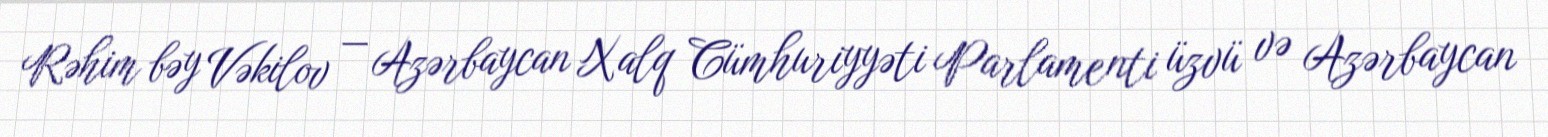
Rəhim bəy Vəkilov — Azərbaycan Xalq Cümhuriyyəti Parlamenti üzvü və Azərbaycan